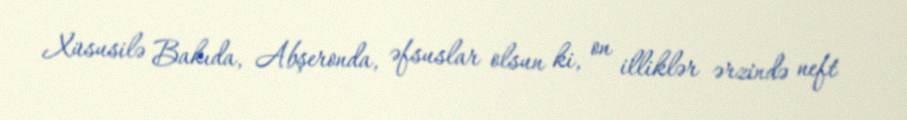
Xüsusilə Bakıda, Abşeronda, əfsuslar olsun ki, on illiklər ərzində neft